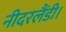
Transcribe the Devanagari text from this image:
नीदरलैंडी।